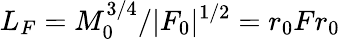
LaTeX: L_{F}=M_{0}^{3/4}/|F_{0}|^{1/2}=r_{0}Fr_{0}